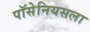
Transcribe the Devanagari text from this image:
पॉसेनियसला